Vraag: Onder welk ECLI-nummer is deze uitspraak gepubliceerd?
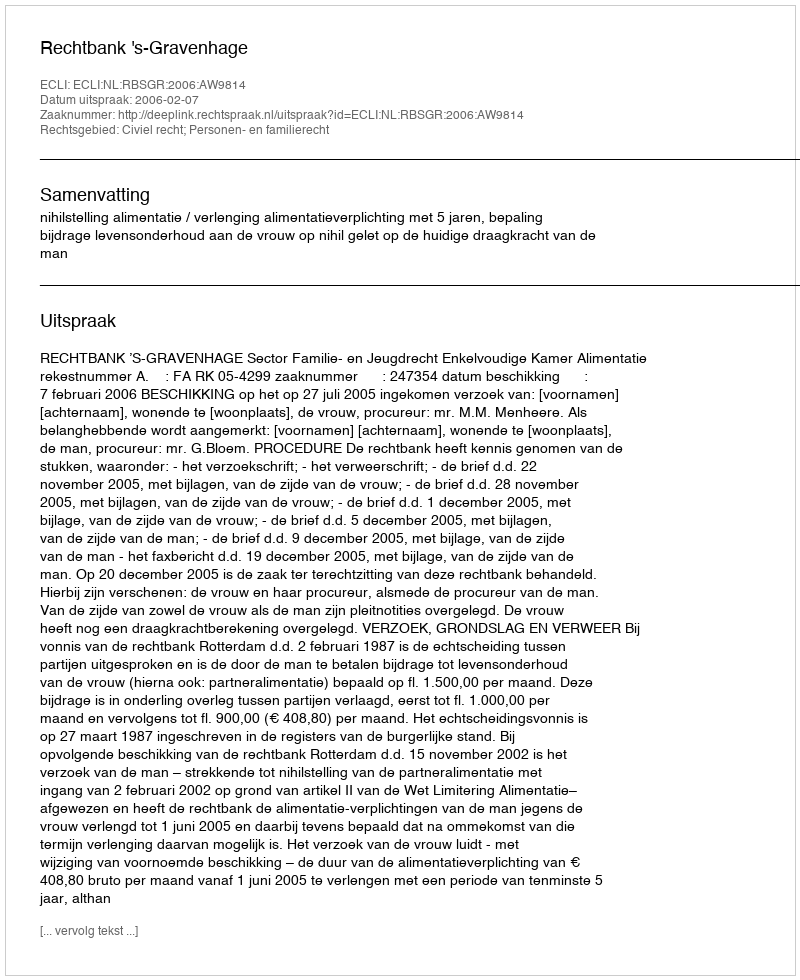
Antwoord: ECLI:NL:RBSGR:2006:AW9814